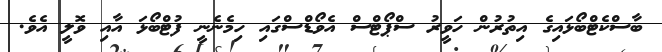
ބާސްކެޓްބޯޅައިގެ އިތުރުން ހަވީރު ސްޕޯޓްސް އެވޯޑްސްގައި ހިމެނެނީ ފުޓްބޯޅަ އާއި ވޮލީ އެވެ.